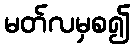
မတ်လမှစ၍